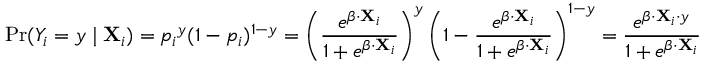
\operatorname* { P r } ( Y _ { i } = y \mid \mathbf { X } _ { i } ) = { p _ { i } } ^ { y } ( 1 - p _ { i } ) ^ { 1 - y } = \left( { \frac { e ^ { { \boldsymbol { \beta } } \cdot \mathbf { X } _ { i } } } { 1 + e ^ { { \boldsymbol { \beta } } \cdot \mathbf { X } _ { i } } } } \right) ^ { y } \left( 1 - { \frac { e ^ { { \boldsymbol { \beta } } \cdot \mathbf { X } _ { i } } } { 1 + e ^ { { \boldsymbol { \beta } } \cdot \mathbf { X } _ { i } } } } \right) ^ { 1 - y } = { \frac { e ^ { { \boldsymbol { \beta } } \cdot \mathbf { X } _ { i } \cdot y } } { 1 + e ^ { { \boldsymbol { \beta } } \cdot \mathbf { X } _ { i } } } }